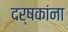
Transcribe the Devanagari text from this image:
दर्षकांना